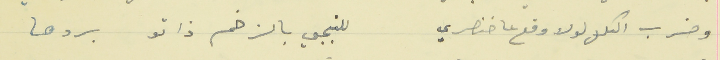
وضرب التلال لولا وقع عا خنصري                     للنجمي بالزخم ذاتو بردها